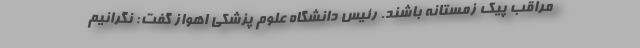
مراقب پیک زمستانه باشند. رئیس دانشگاه علوم پزشکی اهواز گفت: نگرانیم